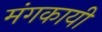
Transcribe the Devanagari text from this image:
मंगकायी